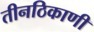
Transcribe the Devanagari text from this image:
तीनठिकाणी